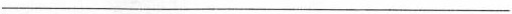
___